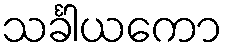
သင်္ခါယကော